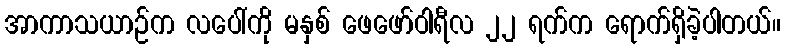
အာကာသယာဉ်က လပေါ်ကို မနှစ် ဖေဖော်ဝါရီလ ၂၂ ရက်က ရောက်ရှိခဲ့ပါတယ်။